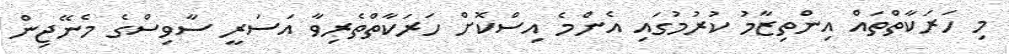
މި ހަރަކާތްތައް އިންތިޒާމު ކުރުމުގައި އެންމެ އިސްކޮށް ހަރަކާތްތެރިވާ އަސަރީ ސާވިސްގެ މެނޭޖިން